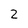
Character: 2